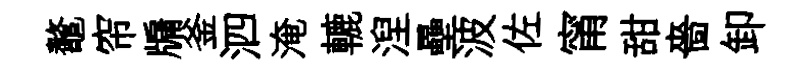
鼇帘牖釜泗淹轆湼壘波佐甯甜嗇卸